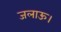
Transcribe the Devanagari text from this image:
जलाऊ।